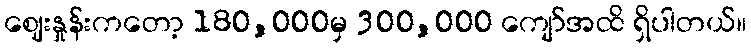
ဈေးနှုန်းကတော့ 180,000မှ 300,000 ကျော်အထိ ရှိပါတယ်။